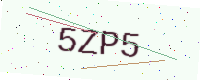
Text: 5ZP5